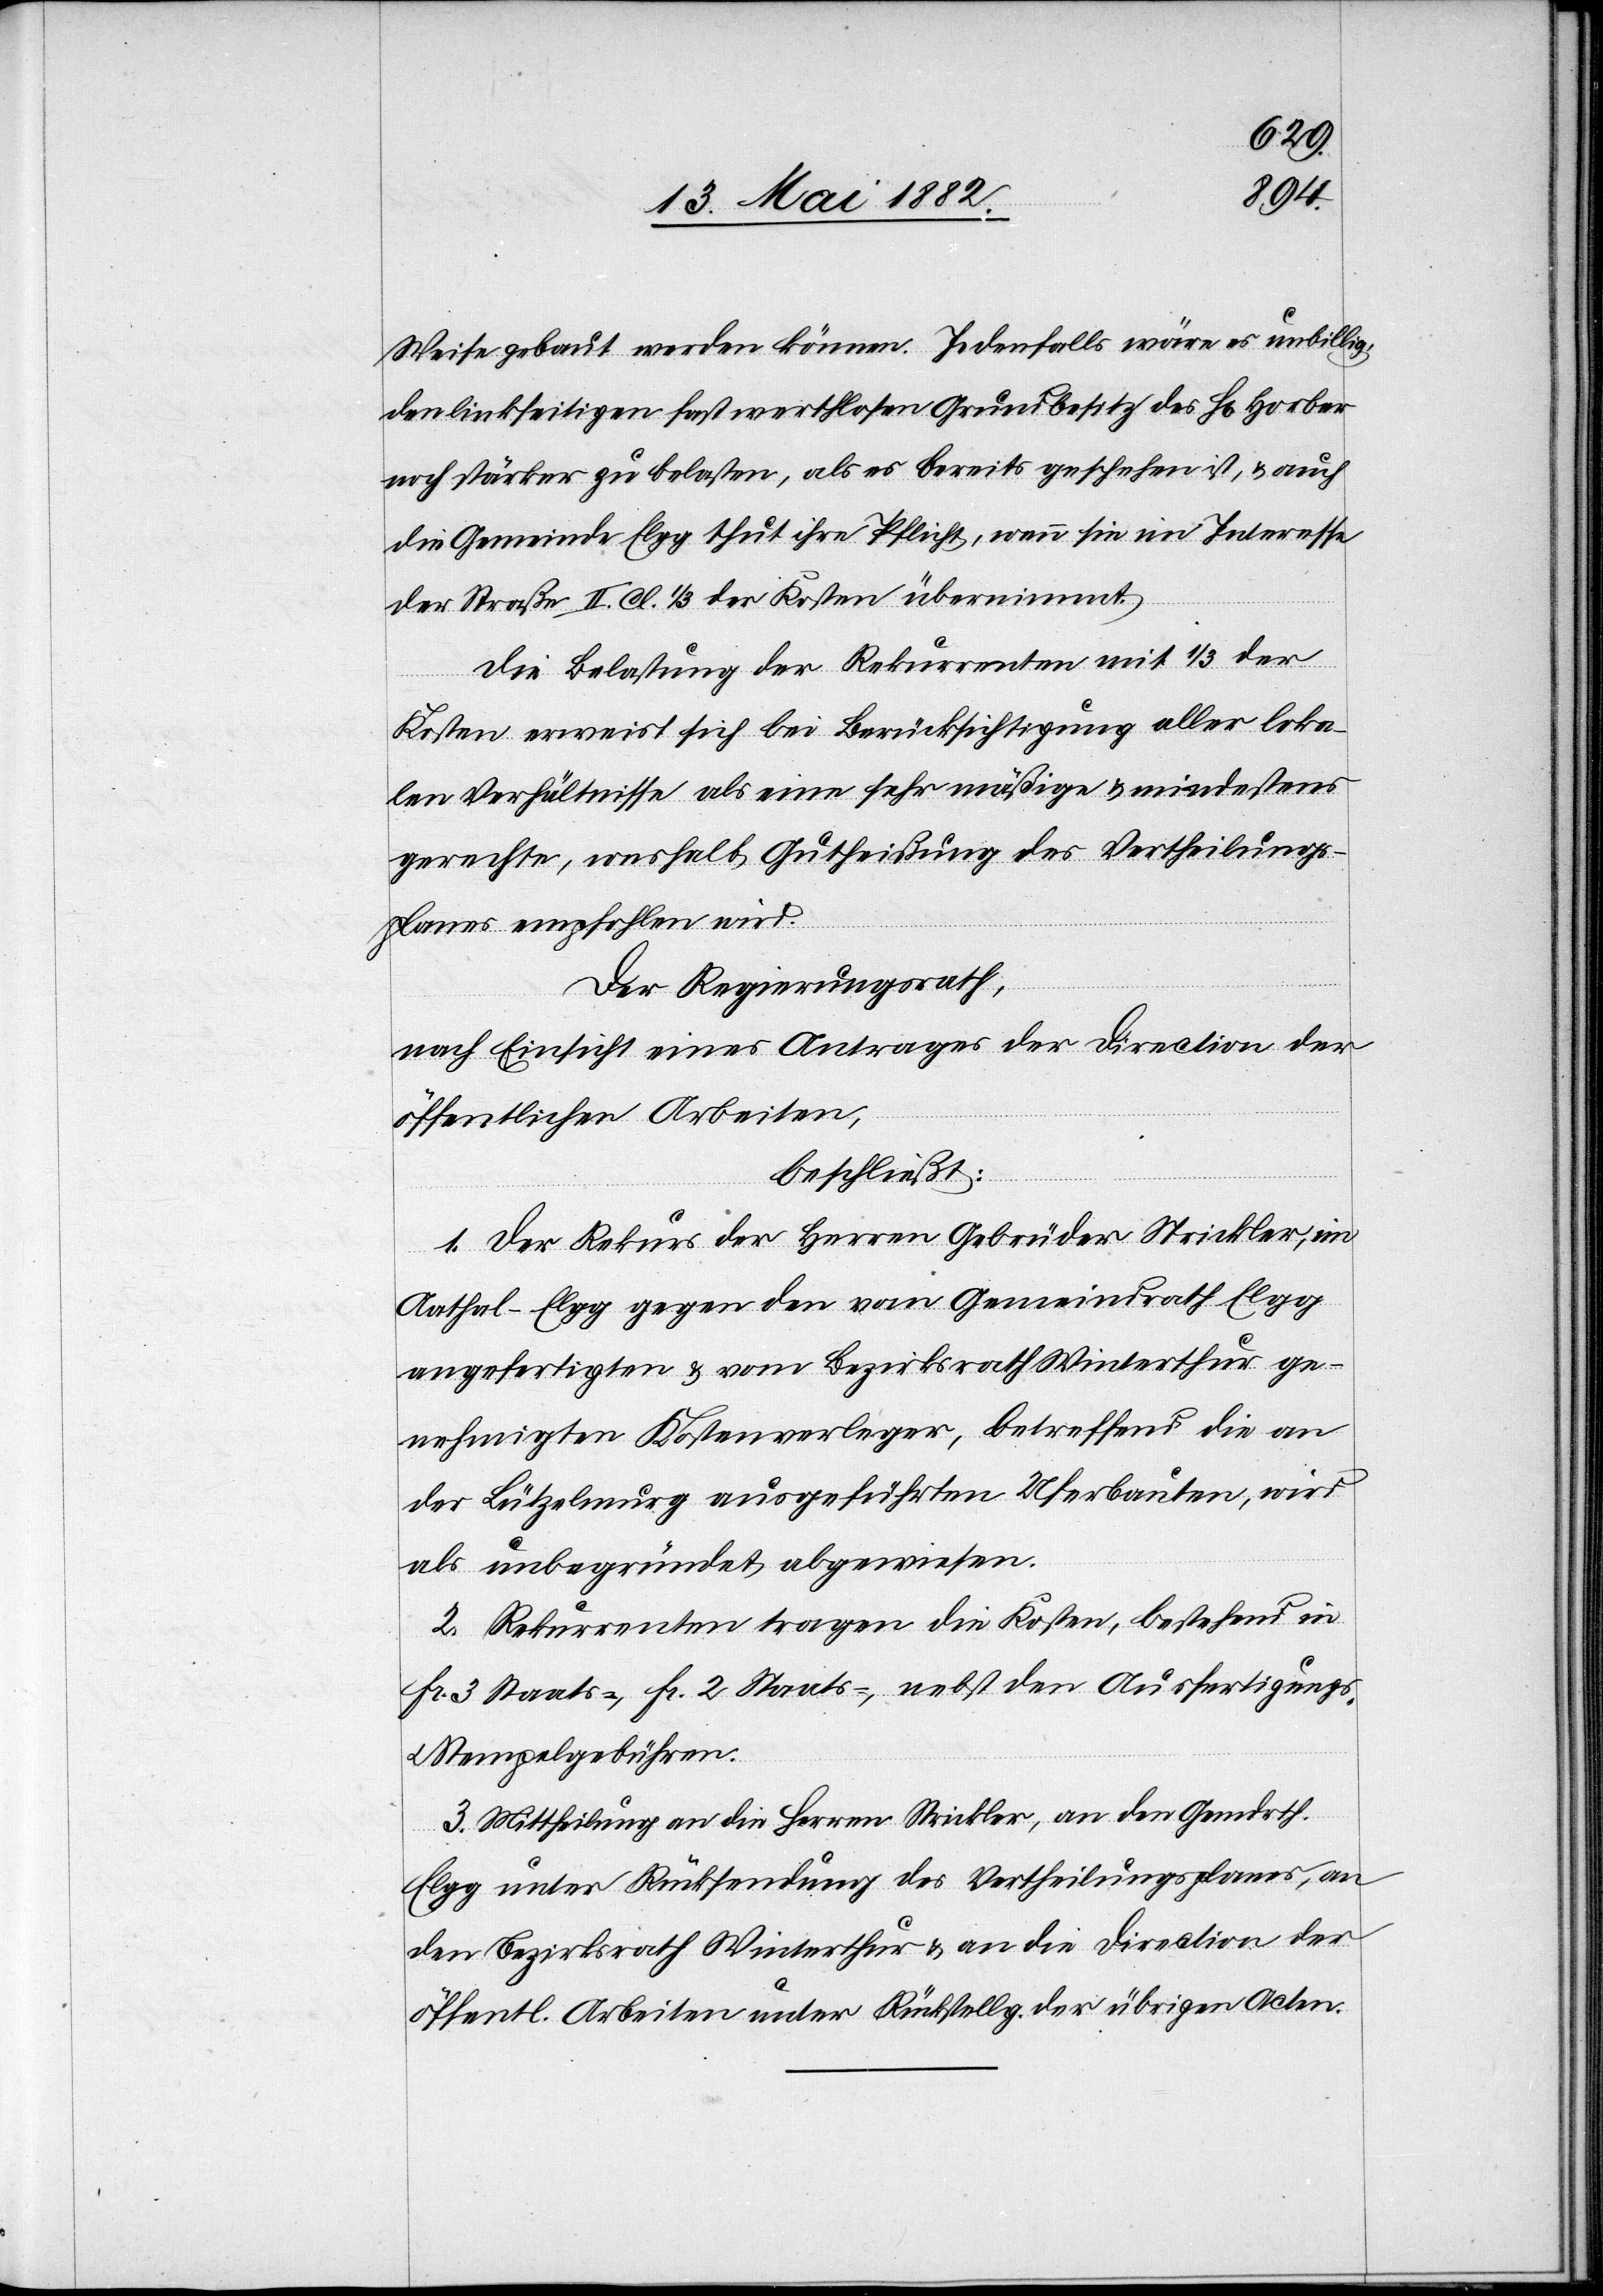
Weise gebaut werden können. Jedenfalls wäre es unbillig,
den linkseitigen fast werthlosen Grundbesitz des H[rn]. Horber
noch stärker zu belasten, als es bereits geschehen ist, & auch
die Gemeinde Elgg thut ihre Pflicht, wenn sie im Interesse
der Straße II. Cl. 1/3 der Kosten übernimmt.
Die Belastung der Rekurrenten mit 1/3 der
Kosten erweist sich bei Berücksichtigung aller loka¬
len Verhältnisse als eine sehr mäßige & mindestens
gerechte, weshalb Gutheißung des Vertheilungs¬
planes empfohlen wird.
Der Regierungsrath,
nach Einsicht eines Antrages der Direction der
öffentlichen Arbeiten,
beschließt:
1. Der Rekurs der Herren Gebrüder Strickler, im
Aathal - Elgg gegen den vom Gemeindrath Elgg
angefertigten & vom Bezirksrath Winterthur ge¬
nehmigten Kostenverleger, betreffend die an
der Lützelmurg ausgeführten Uferbauten, wird
als unbegründet abgewiesen.
2. Rekurrenten tragen die Kosten, bestehend in
Fr. 2 Staats- [recte: Kanzlei-], nebst den Ausfertigungs-
u. Stempelgebühren.
3. Mittheilung an die Herren Strickler, an den Gemdrth.
Elgg unter Rücksendung des Vertheilungsplanes, an
den Bezirksrath Winterthur & an die Direction der
öffentl. Arbeiten unter Rückstellg. der übrigen Acten.